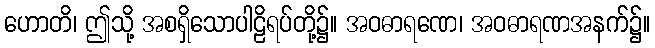
ဟောတိ၊ ဤသို့ အစရှိသောပါဠိရပ်တို့၌။ အဝဓာရဏေ၊ အဝဓာရဏအနက်၌။